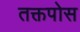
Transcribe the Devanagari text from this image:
तक्तपोस